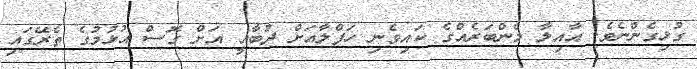
ގުޅިގެންނެވެ. އާއިލާ މެންބަރެއްގެ ކައިވެނި ހަފްލާއަށް ދުބާއީ އަށް ގޮސް އުޅުމުގެ ތެރޭގައި